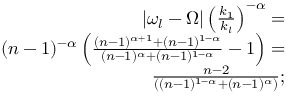
\begin{array} { r } { | \omega _ { l } - \Omega | \left( \frac { k _ { 1 } } { k _ { l } } \right) ^ { - \alpha } = } \\ { ( n - 1 ) ^ { - \alpha } \left( \frac { ( n - 1 ) ^ { \alpha + 1 } + ( n - 1 ) ^ { 1 - \alpha } } { ( n - 1 ) ^ { \alpha } + ( n - 1 ) ^ { 1 - \alpha } } - 1 \right) = } \\ { \frac { n - 2 } { ( ( n - 1 ) ^ { 1 - \alpha } + ( n - 1 ) ^ { \alpha } ) } ; } \end{array}